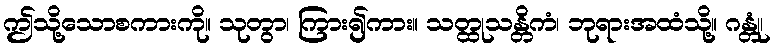
ဤသို့သောစကားကို။ သုတွာ၊ ကြား၍ကား။ သတ္ထုသန္တိကံ၊ ဘုရားအထံသို့။ ဂန္တုံ၊